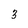
Character: 3